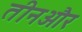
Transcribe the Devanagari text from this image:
तीनऔर